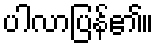
ပါလာပြန်၏။